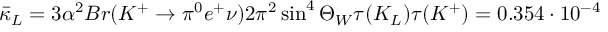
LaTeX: \bar { \kappa } _ { L } = { 3 \alpha ^ { 2 } B r ( K ^ { + } \to \pi ^ { 0 } e ^ { + } \nu ) \o 2 \pi ^ { 2 } \sin ^ { 4 } \Theta _ { W } } { \tau ( K _ { L } ) \o \tau ( K ^ { + } ) } = 0 . 3 5 4 \cdot 1 0 ^ { - 4 }